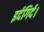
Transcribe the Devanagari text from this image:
इर्दगिर्द।